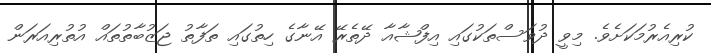
ކުރިއެރުމަކަށެވެ. މިވީ ދުވަސްތަކުގައި އިފްޝާއާ ދޭތެރޭ އޭނާގެ ހިތުގައި ތަފާތު ޖަޒުބާތުތައް އުތުރިއަރަން